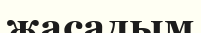
жасадым